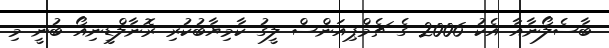
ބާސެލޯނާއާ އެކު 2006 ގެ ޗެމްޕިއަންސް ލީގު ކާމިޔާބުކުރި ރޮނާލްޑީނިއޯ ބުނީ މި